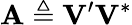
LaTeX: \mathbf{A}\triangleq\mathbf{V}^{\prime}\mathbf{V}^{*}